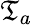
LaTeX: \mathfrak{T}_{a}